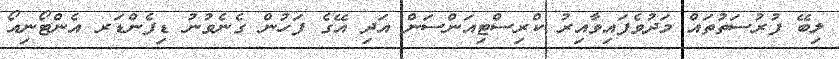
ލިބޭ ފުރުސަތުތައް މަދުވެފައިވާއިރު ކްރިސްޓިއަންސަން އަދި އޭގެ ފަހުން ގެނެވުނު ޑިފެންޑަރ އެންޓޯނިއޯ